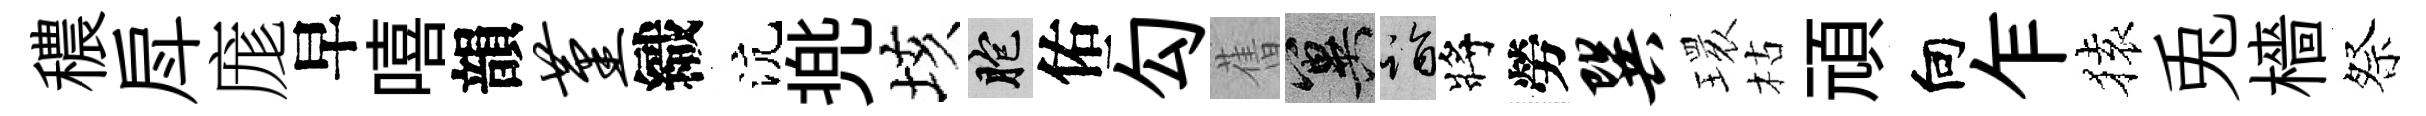
穠戽庬早嘻韻堇織沆兠垓胞佑勾𦾔冀诣將勞巽𤨔枯頑向乍𫞤兎檣祭